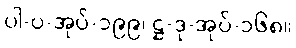
ပါ-ပ-အုပ်-၁၉၉၊ ဋ္ဌ-ဒု-အုပ်-၁၆၈။